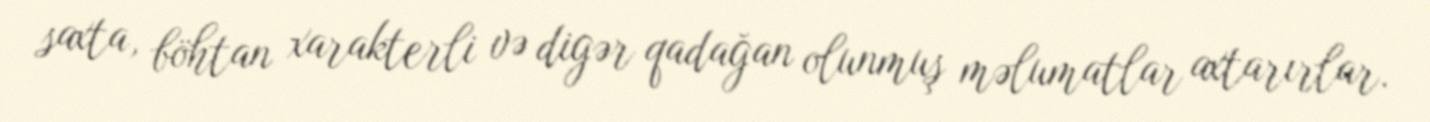
saxta, böhtan xarakterli və digər qadağan olunmuş məlumatlar axtarırlar.